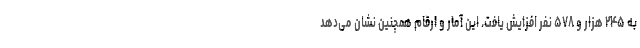
به ۲۴۵ هزار و ۵۷۸ نفر افزایش یافت. این آمار و ارقام همچنین نشان می‌دهد